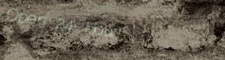
Open 24 Hours